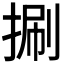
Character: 𢯍